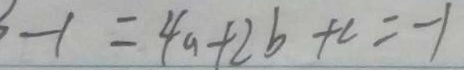
- 1 = 4 a + 2 b + c = - 1